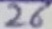
Text: 26